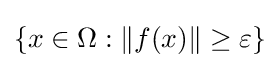
\left\{x\in \Omega :\|f(x)\|\geq \varepsilon \right\}